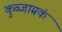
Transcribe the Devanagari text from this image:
कुब्जाम्रकं